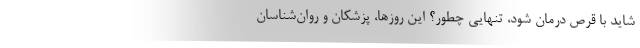
شاید با قرص درمان شود، تنهایی چطور؟ این روزها، پزشکان و روان‌شناسان